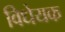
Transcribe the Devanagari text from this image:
विधेयक